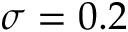
\sigma = 0 . 2